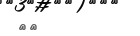
٦٨